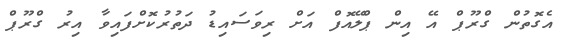
އެގޮތުން ގްރޫޕް އޭ އިން ޕްލޭއޮފް އަށް ރިވަސައިޑު ދަތުރުކޮށްފައިވާ އިރު ގްރޫޕް